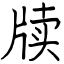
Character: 牍